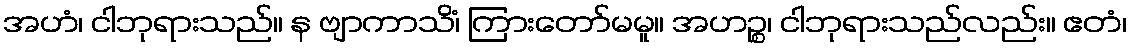
အဟံ၊ ငါဘုရားသည်။ န ဗျာကာသိံ၊ ကြားတော်မမူ။ အဟဉ္စ၊ ငါဘုရားသည်လည်း။ ဧတံ၊